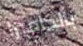
بالكاميرا